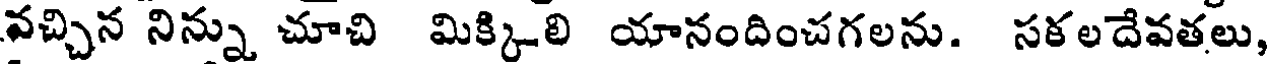
వచ్చిన నిన్ను చూచి మిక్కిలి యానందించగలను. సకలదేవతలు,